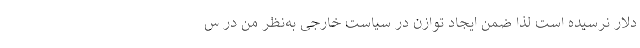
دلار نرسیده است لذا ضمن ایجاد توازن در سیاست خارجی به‌نظر من در س